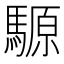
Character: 騵